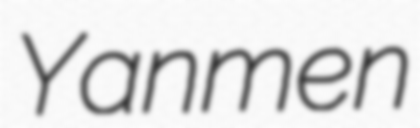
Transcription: Yanmen